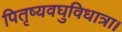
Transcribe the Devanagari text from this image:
पितृष्यवघुविधात्रा।